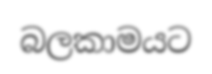
බලකාමයට